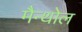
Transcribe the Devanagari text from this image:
मैन्थोल